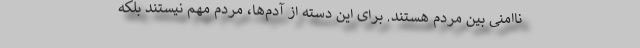
ناامنی بین مردم هستند. برای این دسته از آدم‌ها، مردم مهم نیستند بلکه